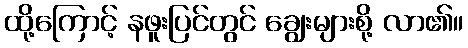
ထို့ကြောင့် နဖူးပြင်တွင် ချွေးများစို့ လာ၏။